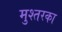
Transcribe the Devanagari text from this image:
मुश्तरका